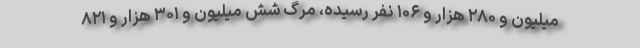
میلیون و ۲۸۰ هزار و ۱۰۶ نفر رسیده، مرگ شش میلیون و ۳۰۱ هزار و ۸۲۱